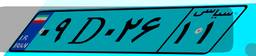
۰۹D۰۲۶۱۱